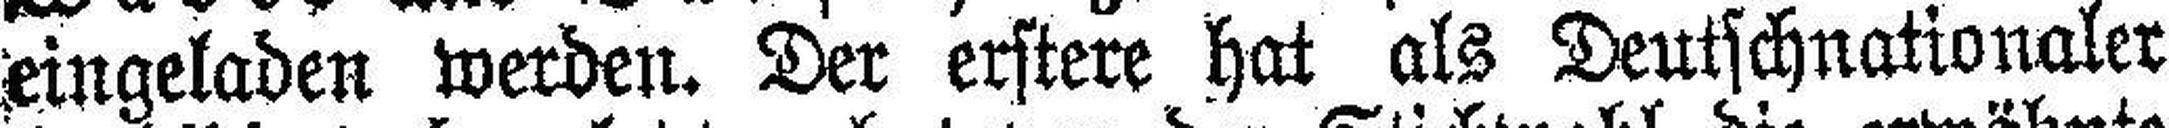
eingeladen werden. Der erstere hat als Deutschnationaler